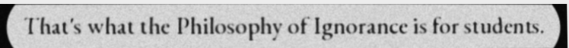
That's what the Philosophy of Ignorance is for students.